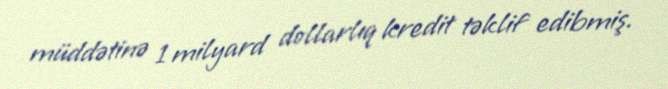
müddətinə 1 milyard dollarlıq kredit təklif edibmiş.